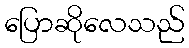
ပြောဆိုလေသည်